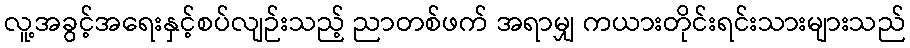
လူ့အခွင့်အရေးနှင့်စပ်လျဉ်းသည့် ညာတစ်ဖက် အရာမျှ ကယားတိုင်းရင်းသားများသည်